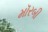
મૉરબી